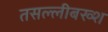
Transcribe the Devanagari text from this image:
तसल्लीबख्श